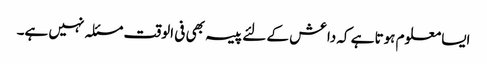
ایسا معلوم ہوتا ہے کہ داعش کے لئے پیسہ بھی فی الوقت مسئلہ نہیں ہے۔